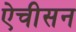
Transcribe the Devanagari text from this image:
ऐचीसन